Leaving Certificate Examination, 1905
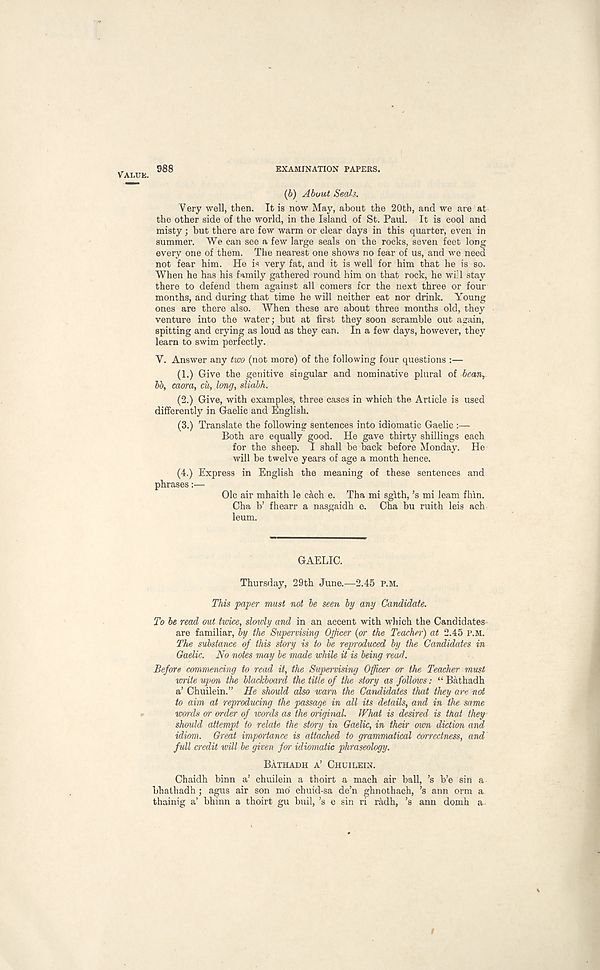
Value. 988
EXAMINATION PAPERS.
(6) About Seals.
Very well, then. It is now May, about the 20th, and we are at
the other side of the world, in the Island of St. Paul. It is cool and
misty; but there are few warm or clear days in this quarter, even in
summer. We can see a few large seals on the rocks, seven feet long
every one of them. The nearest one shows no fear of us, and we need
not fear him. He is very fat, and it is well for him that he is so.
When he has his family gathered round him on that rock, he will stay
there to defend them against all comers for the next three or four
months, and during that time he will neither eat nor drink. Young
ones are there also. When these are about three months old, they
venture into the water; but at first they soon scramble out again,
spitting and crying as loud as they can. In a few days, however, they
learn to swim perfectly.
Y. Answer any two (not more) of the following four questions :—
(1.) Give the genitive singular and nominative plural of bcan t
bb, caora, cu, long, sliabh.
(2.) Give, with examples, three cases in which the Article is used
differently in Gaelic and English.
(3.) Translate the following sentences into idiomatic Gaelic :—
Both are equally good. He gave thirty shillings each
for the sheep. I shall be back before Monday. He
will be twelve years of age a month hence.
(4.) Express in English the meaning of these sentences and
phrases:— Ole air mhaith le each e. Tha mi sglth, ’s mi leam fhin.
Cha b’ fhearr a nasgaidh e. Cha bu ruith leis ach
leum.
GAELIC.
Thursday, 29th June.—2.45 P.M.
This paper must not be seen by any Candidate.
To be read out twice, slowly and in an accent with which the Candidates
are familiar, by the Supervising Officer {or the Teacher) at 2.45 p.m.
The substance of this story is to be reproduced by the Candidates in
Gaelic. No notes may be made while it is being read.
Before commencing to read it, the Supervising Officer or the Teacher must
write upon the blackboard the title of the story as follows: “ Bathadh
a’ Chuilein.” He should also warn the Candidates that they are not
to aim at reproducing the passage in all its details, and in the same
wm-ds or order of words as the original. What is desired is that they
should attempt to relate the story in Gaelic, in their own diction arid
idiom. Great importance is attached to grammatical correctness, and
full credit will be given for idiomatic phraseology.
Bathadh a’ Chuilein.
Chaidh binn a’ chuilein a thoirt a mach air ball, ’s b’e sin a
bhathadh; agus air son md chuid-sa de’n ghnothach, ’s ann orm a
thainig a’ bhinn a thoirt gu buil, ’s e sin ri radh, ’s ann domh a